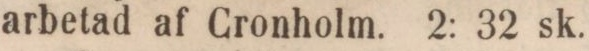
arbetad af Cronholm. 2: 32 sk.